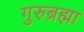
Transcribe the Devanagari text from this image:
गुरुब्रह्मा